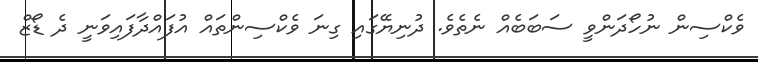
ވެކްސިން ނުހޯދަންވީ ސަބަބެއް ނެތެވެ. ދުނިޔޭގައި ގިނަ ވެކްސިންތައް އުފައްދާފައިވަނީ ދެ ޑޯޒް